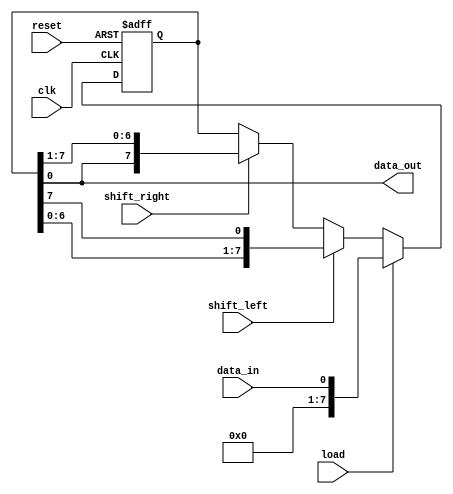
module UniversalShiftRegister (
    input wire clk,          // Clock input
    input wire reset,        // Reset signal
    input wire load,         // Load enable signal
    input wire shift_left,   // Shift left signal
    input wire shift_right,  // Shift right signal
    input wire data_in,      // Input data
    output wire data_out     // Output data
);

reg [7:0] data;             // 8-bit input data register

always @(posedge clk or posedge reset) begin
    if (reset) begin
        data <= 8'b0;      // Reset data register
    end else begin
        if (load) begin
            data <= data_in; // Load data when load is enabled
        end else begin
            if (shift_left) begin
                data <= {data[6:0], data[7]}; // Shift data left
            end else if (shift_right) begin
                data <= {data[0], data[7:1]}; // Shift data right
            end
        end
    end
end

assign data_out = data;     // Output data

endmodule